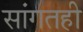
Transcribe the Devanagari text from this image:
सांगतही